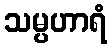
သမ္ပဟာရံ